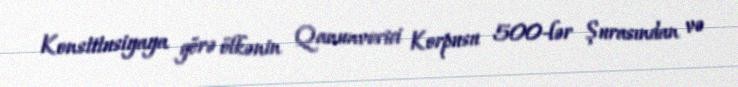
Konstitusiyaya görə ölkənin Qanunverici Korpusu 500-lər Şurasından və